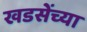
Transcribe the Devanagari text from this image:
खडसेंच्या